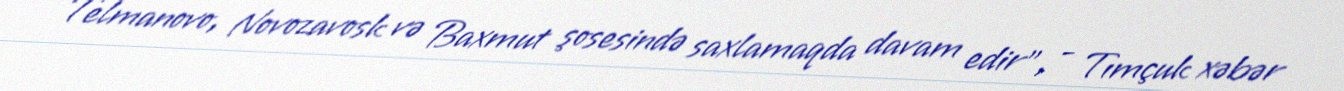
Telmanovo, Novozavosk və Baxmut şosesində saxlamaqda davam edir", - Tımçuk xəbər